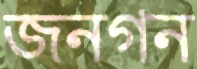
জনগন